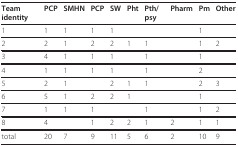
| Team identity | PCP | SMHN | PCP | SW | Pht | Pth/psy | Pharm | Pm | Other |
 | --- | --- | --- | --- | --- | --- | --- | --- | --- | --- |
 | 1 | 1 | 1 | 1 | 1 |  |  |  | 1 |  |
 | 2 | 2 | 1 | 2 | 2 | 1 | 1 |  | 1 | 2 |
 | 3 | 4 | 1 | 1 | 1 |  | 1 |  | 1 |  |
 | 4 | 1 | 1 | 1 | 1 |  | 1 |  | 2 |  |
 | 5 | 2 | 1 |  | 2 | 1 | 1 |  | 2 | 3 |
 | 6 | 5 | 1 | 2 | 2 | 1 |  |  | 1 |  |
 | 7 | 1 | 1 | 1 |  |  | 1 |  | 1 | 2 |
 | 8 | 4 |  | 1 | 2 | 2 | 1 | 2 | 1 | 1 |
 | total | 20 | 7 | 9 | 11 | 5 | 6 | 2 | 10 | 9 |